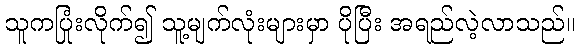
သူကပြုံးလိုက်၍ သူ့မျက်လုံးများမှာ ပိုပြီး အရည်လဲ့လာသည်။